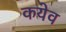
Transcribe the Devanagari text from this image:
कयेव